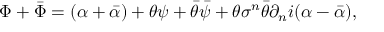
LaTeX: \Phi + \bar { \Phi } = ( \alpha + \bar { \alpha } ) + \theta \psi + \bar { \theta } \bar { \psi } + \theta \sigma ^ { n } \bar { \theta } \partial _ { n } i ( \alpha - \bar { \alpha } ) ,